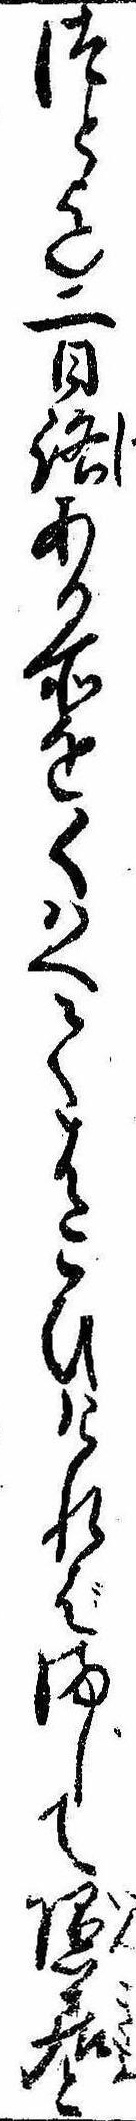
つと迄二日路ある所をくはへてはこひければまして隠居と